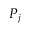
P _ { j }